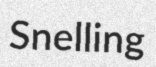
Snelling